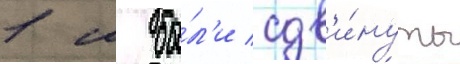
1 м бы́л'и сдв'и́нуты